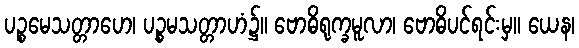
ပဉ္စမေသတ္တာဟေ၊ ပဉ္စမသတ္တာဟံ၌။ ဗောဓိရုက္ခမူလာ၊ ဗောဓိပင်ရင်းမှ။ ယေန၊